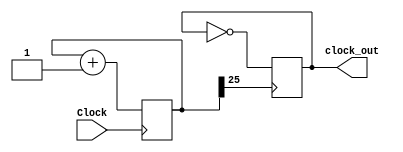
module clock_atraso(Clock, clock_out);
    input Clock;
    output reg clock_out;
	 
	 reg [25:0] slow_count;
	 
    initial begin
		slow_count <=0;
		clock_out <= 1'b0;
	 end 
    // A large counter to produce a 1 second (approx) enable
    always @(posedge Clock)
        slow_count <= slow_count + 1'b1;
		  
	always @(negedge slow_count[25])
		clock_out <= !clock_out;
endmodule